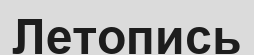
Летопись